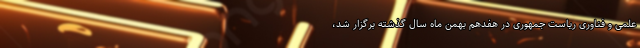
علمی و فناوری ریاست جمهوری در هفدهم بهمن ماه سال گذشته برگزار شد،